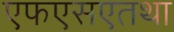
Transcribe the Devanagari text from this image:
एफएसएतथा